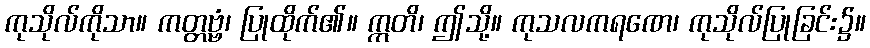
ကုသိုလ်ကိုသာ။ ကတ္တဗ္ဗံ၊ ပြုထိုက်၏။ ဣတိ၊ ဤသို့။ ကုသလကရဏေ၊ ကုသိုလ်ပြုခြင်း၌။